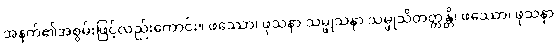
အနက်၏အစွမ်းဖြင့်လည်းကောင်း။ ဖဿော၊ ဖုသနာ သမ္ဖုသနာ သမ္ဖုသိတတ္တန္တိ၊ ဖဿော၊ ဖုသနာ